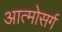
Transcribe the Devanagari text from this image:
आत्मोसर्ग